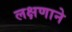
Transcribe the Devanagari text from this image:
लक्षणाने